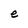
Character: e